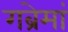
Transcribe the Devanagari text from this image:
गब्रेमां